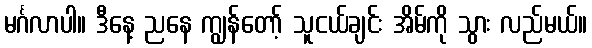
မင်္ဂလာပါ။ ဒီနေ့ ညနေ ကျွန်တော့် သူငယ်ချင်း အိမ်ကို သွား လည်မယ်။